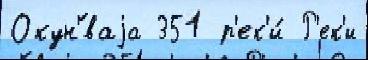
Окун'́ваjа 351 р'ек'и́ Р'ек'и